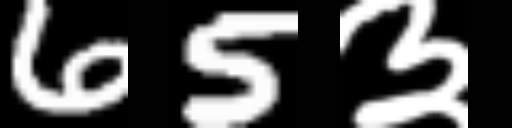
Text: 65३